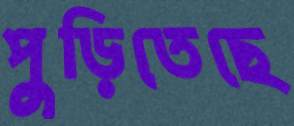
পুড়িতেছে